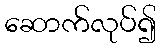
ဆောက်လုပ်၍